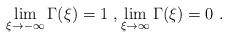
LaTeX: \begin{align*}\lim_{\xi\to -\infty} \Gamma(\xi) = 1\ , \lim_{\xi\to \infty} \Gamma(\xi) = 0\ . \end{align*}